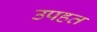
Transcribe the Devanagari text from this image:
उपहत